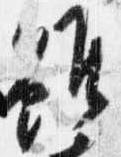
雖